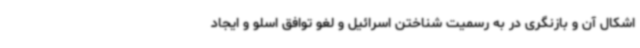
اشکال آن و بازنگری در به رسمیت شناختن اسرائیل و لغو توافق اسلو و ایجاد